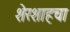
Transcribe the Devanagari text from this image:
शेरशाहचा